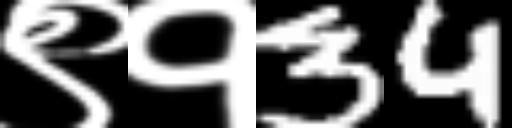
Text: ९१34